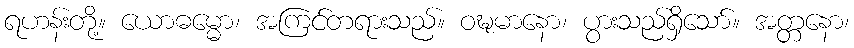
ရဟန်းတို့။ ယောဓမ္မော၊ အကြင်တရားသည်။ ဝဍ္ဎမာနော၊ ပွားသည်ရှိသော်။ အတ္တနော၊